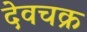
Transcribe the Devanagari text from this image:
देवचक्र